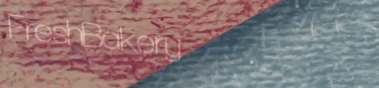
FreshBakery